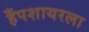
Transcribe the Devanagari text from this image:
हँपशायरला